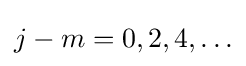
j-m=0,2,4,\ldots